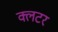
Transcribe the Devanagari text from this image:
क्लटर